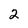
Character: 2